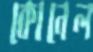
কোনেল